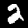
Digit: 2